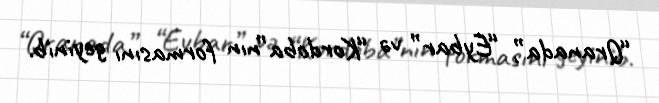
“Qranada”, “Eybar” və “Kordoba”nın formasını geyinib.